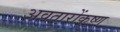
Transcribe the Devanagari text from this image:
अवतारोंकृष्ण